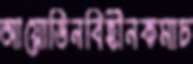
আয়োডিনবিহীনকমাচ